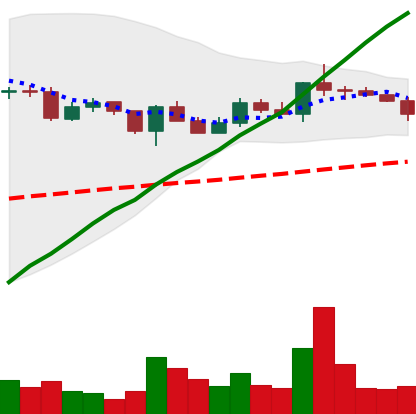
Ticker: XLM-USD
Chart end date: 2020-12-21
Forward return: -11.608%
Label: down_7plus